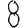
Digit: 8